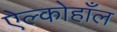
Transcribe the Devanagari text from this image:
ऐल्कोहाँल